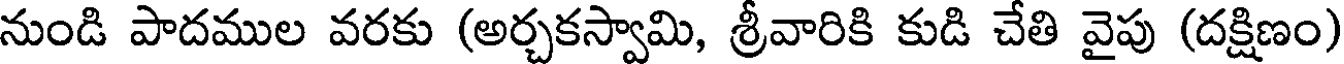
నుండి పాదముల వరకు (అర్చకస్వామి, శ్రీవారికి కుడి చేతి వైపు (దక్షిణం)